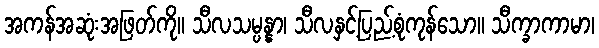
အကန်အဆုံးအဖြတ်ကို။ သီလသမ္ပန္နာ၊ သီလနှင့်ပြည့်စုံကုန်သော။ သီက္ခာကာမာ၊